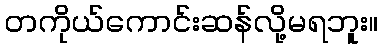
တကိုယ်ကောင်းဆန်လို့မရဘူး။